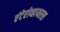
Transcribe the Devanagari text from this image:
एंटेरोव्हायरस